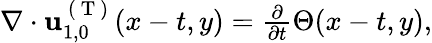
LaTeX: \begin{array}{r}{\nabla\cdot\mathbf{u}_{1,0}^{\mathrm{~(~T~)~}}(x-t,y)=\frac{\partial}{\partial t}\Theta(x-t,y),}\end{array}